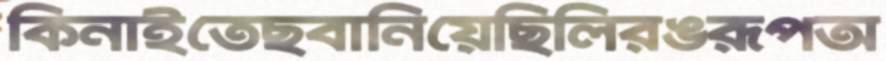
কিনাইতেছবানিয়েছিলিরঙরূপঅ